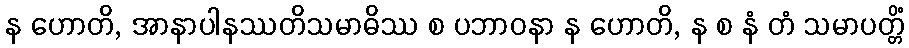
န ဟောတိ, အာနာပါနဿတိသမာဓိဿ စ ပဘာဝနာ န ဟောတိ, န စ နံ တံ သမာပတ္တိံ